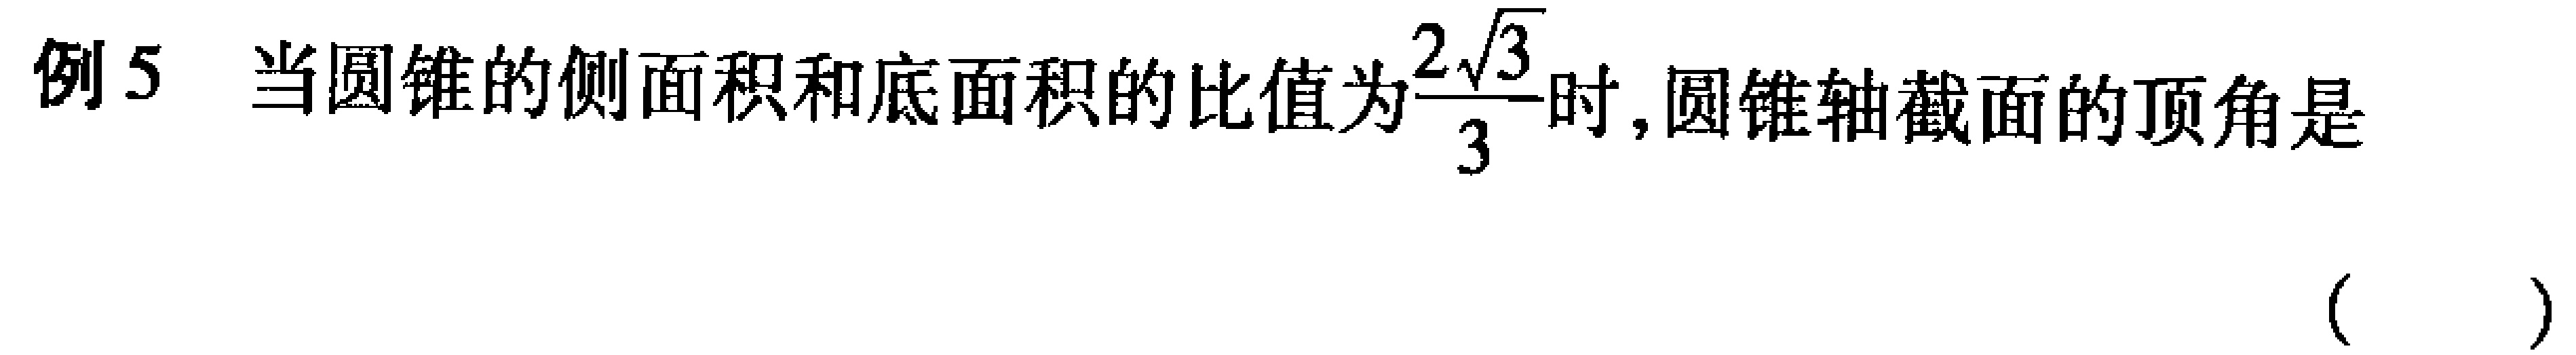
例5 当圆锥的侧面积和底面积的比值为$\frac{2\sqrt{3}}{3}$时,圆锥轴截面的顶角是（  ）